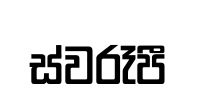
ස්වරෑපී